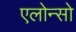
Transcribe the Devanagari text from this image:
एलोन्सो